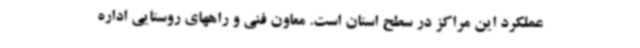
عملکرد این مراکز در سطح استان است. معاون فنی و راههای روستایی اداره